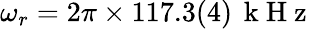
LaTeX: \omega_{r}=2\pi\times 117.3(4)\, \mathrm{~k~H~z~}